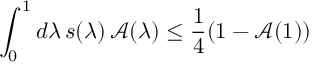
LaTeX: \int _ { 0 } ^ { 1 } d \lambda \, s ( \lambda ) \, \mathcal { A } ( \lambda ) \leq \frac { 1 } { 4 } ( 1 - \mathcal { A } ( 1 ) )